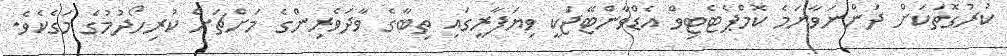
ކުރުގޮތަކަށް ދަންނަވާނަމެ ކޮމްޕެޓެޓިވް އެޑްވާންޓޭޖަކީ ވިޔަފާރީގައި ތިބާގެ ވާދަވެރިންގެ މަށްޗަށް ކުރިހޯދުމުގެ މަގެކެވެ.